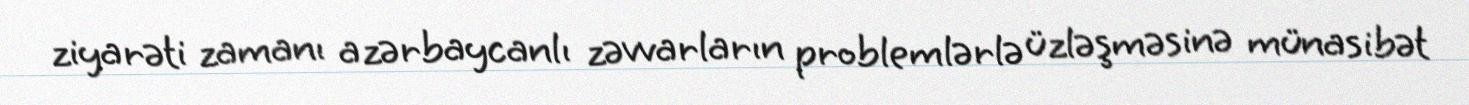
ziyarəti zamanı azərbaycanlı zəvvarların problemlərlə üzləşməsinə münasibət